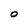
Character: O